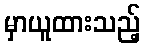
မှာယူထားသည့်